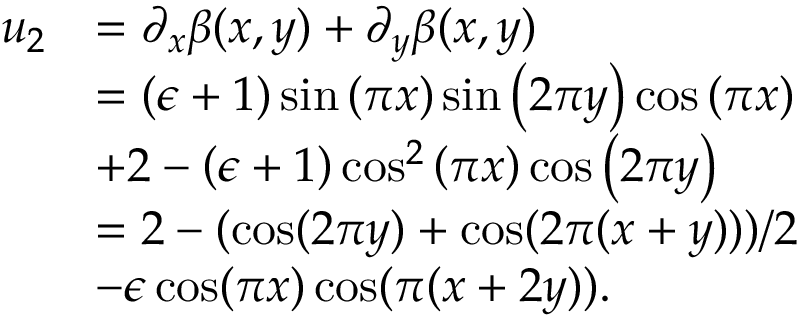
\begin{array} { r l } { u _ { 2 } } & { = \partial _ { x } \beta ( x , y ) + \partial _ { y } \beta ( x , y ) } \\ & { = \left( \epsilon + 1 \right) \sin { \left( \pi x \right) } \sin { \left( 2 \pi y \right) } \cos { \left( \pi x \right) } } \\ & { + 2 - \left( \epsilon + 1 \right) \cos ^ { 2 } { \left( \pi x \right) } \cos { \left( 2 \pi y \right) } } \\ & { = 2 - ( \cos ( 2 \pi y ) + \cos ( 2 \pi ( x + y ) ) ) / 2 } \\ & { - \epsilon \cos ( \pi x ) \cos ( \pi ( x + 2 y ) ) . } \end{array}